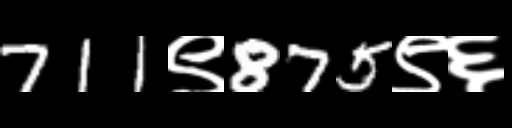
Text: 711९875९६